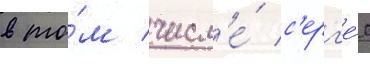
в то́м числ'е́ с'ерг'е́я